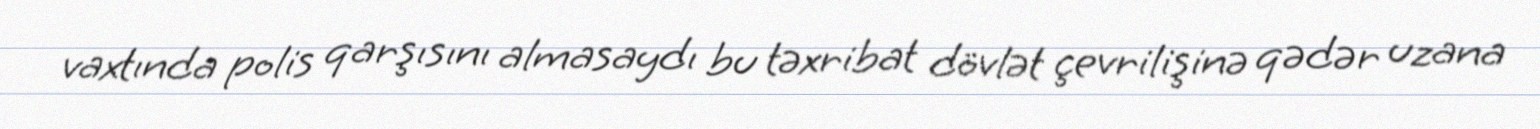
vaxtında polis qarşısını almasaydı bu təxribat dövlət çevrilişinə qədər uzana